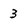
Character: 3